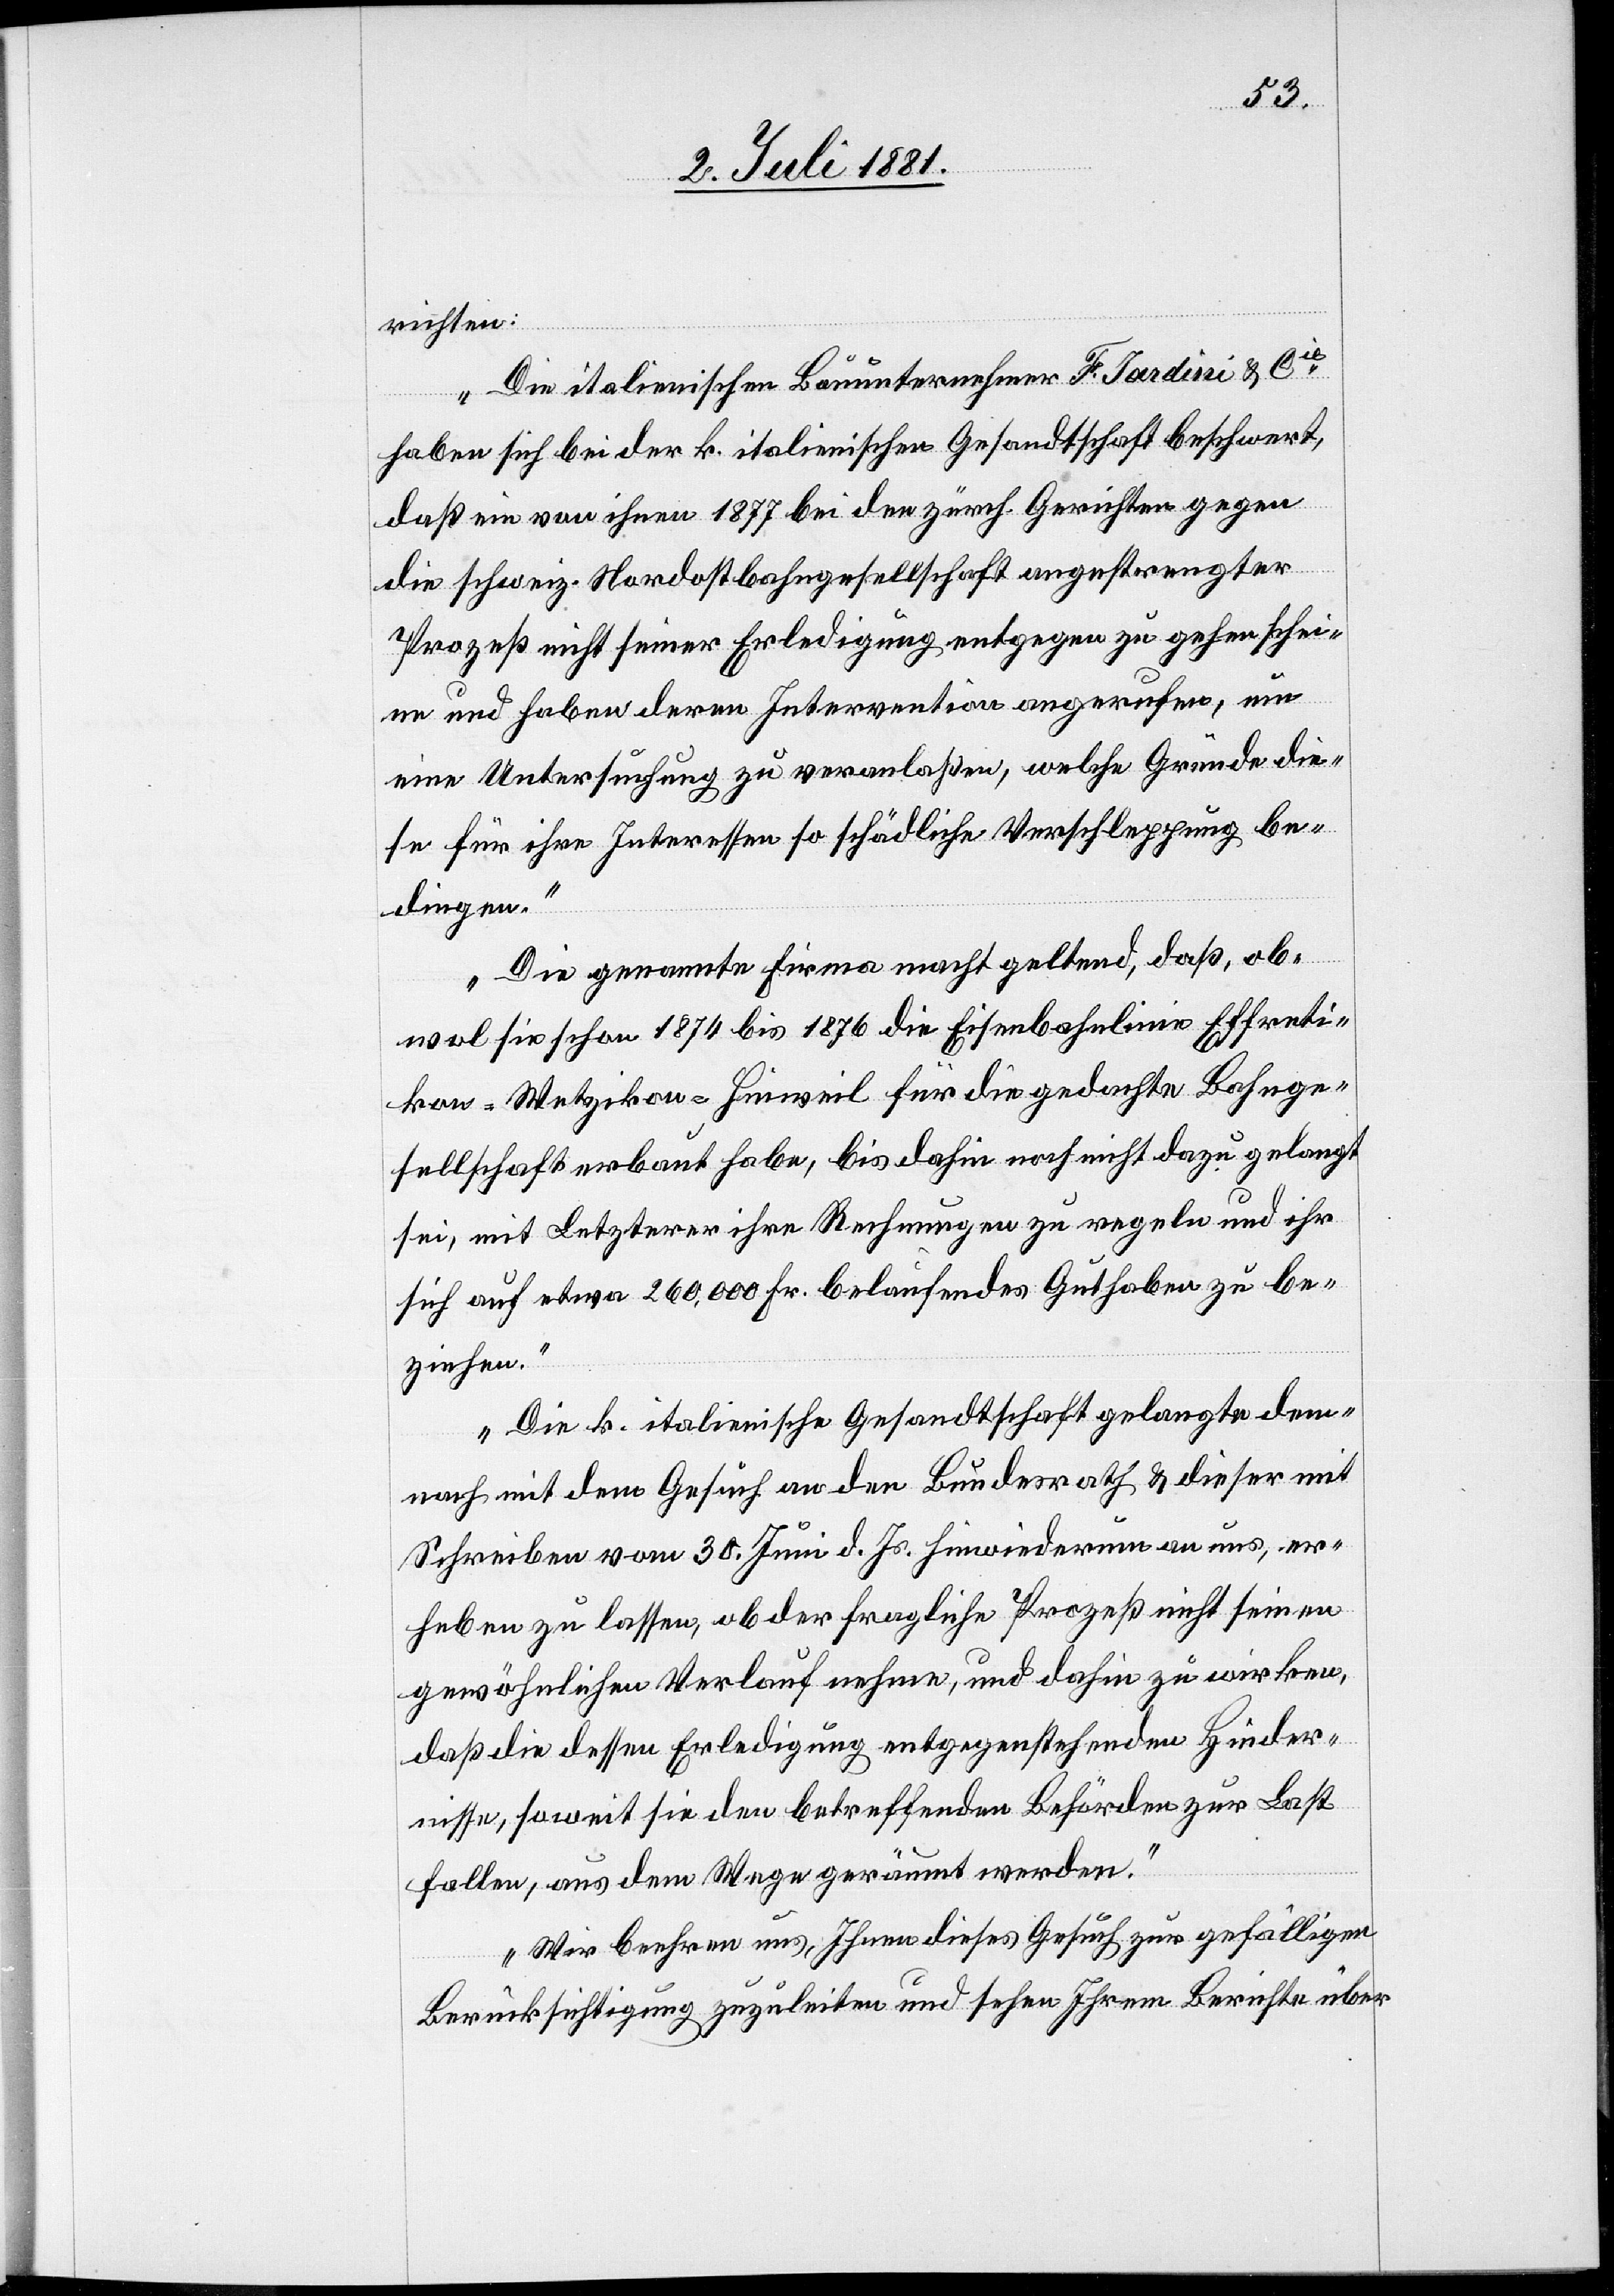
richten:
„Die italienischen Bauunternehmer F. Jardini & Cie
haben sich bei der k. italienischen Gesandtschaft beschwert,
daß ein von ihnen 1877 bei den zürch. Gerichten gegen
die schweiz. Nordostbahngesellschaft angestrengter
Prozeß nicht seiner Erledigung entgegen zu gehen schei¬
ne und haben deren Intervention angerufen, um
eine Untersuchung zu veranlassen, welche Gründe die¬
se für ihre Interessen so schädliche Verschleppung be¬
dingen.
Die genannten Firma macht geltend, daß, ob¬
wol sie schon 1874 bis 1876 die Eisenbahnlinie Effreti¬
kon–Wetzikon–Hinweil für die gedachte Bahnge¬
sellschaft erbaut habe, bis dahin noch nicht dazu gelangt
sei, mit Letzterer ihre Rechnungen zu regeln und ihr
sich auf etwa 260,000 Fr. belaufendes Guthaben zu be¬
ziehen.
Die k. italienische Gesandtschaft gelangte dem¬
nach mit dem Gesuch an den Bundesrath & dieser mit
Schreiben vom 30. Juni d. Js. hinwiederum an uns, er¬
heben zu lassen, ob der fragliche Prozeß nicht seinen
gewöhnlichen Verlauf nehme, und dahin zu wirken,
daß die dessen Erledigung entgegenstehenden Hinder¬
nisse, soweit sie den betreffenden Behörden zur Last
fallen, aus dem Wege geräumt werden.
Wir beehren uns, Ihnen dieses Gesuch zu gefälligen
Berücksichtigung zuzuleiten und sehen Ihrem Berichte über